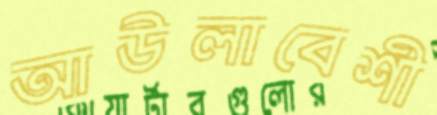
আউলাবেশী